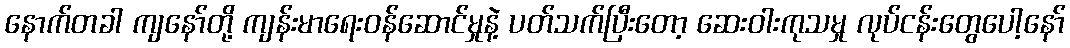
နောက်တခါ ကျနော်တို့ ကျန်းမာရေးဝန်ဆောင်မှုနဲ့ ပတ်သက်ပြီးတော့ ဆေးဝါးကုသမှု လုပ်ငန်းတွေပေါ့နော်